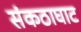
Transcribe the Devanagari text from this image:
संकठाघाट